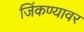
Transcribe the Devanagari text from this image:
जिंकण्यावर